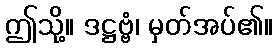
ဤသို့။ ဒဋ္ဌဗ္ဗံ၊ မှတ်အပ်၏။